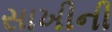
સાખીની